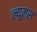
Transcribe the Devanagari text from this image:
ल्यूमस